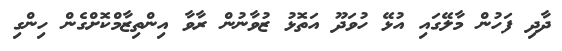
ދާދި ފަހުން މާލޭގައި އުޅޭ ހުވަދޫ އަތޮޅު ޒުވާނުން ރާވާ އިންތިޒާމްކޮށްގެން ހިންގި